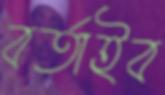
বর্তাইব